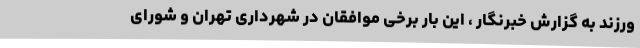
ورزند به گزارش خبرنگار ، این بار برخی موافقان در شهرداری تهران و شورای